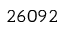
2 6 0 9 2